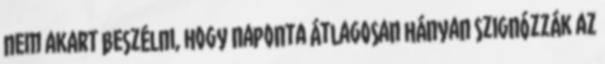
nem akart beszélni, hogy naponta átlagosan hányan szignózzák az